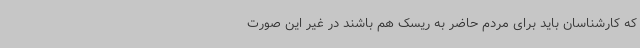
که کارشناسان باید برای مردم حاضر به ریسک هم باشند در غیر این صورت